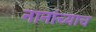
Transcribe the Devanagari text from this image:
नानांच्याच